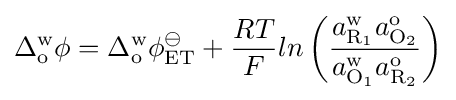
\Delta _{\text{o}}^{\text{w}}\phi =\Delta _{\text{o}}^{\text{w}}\phi _{\text{ET}}^{\ominus }+{\frac {RT}{F}}ln\left({\frac {a_{{\text{R}}_{1}}^{\text{w}}a_{{\text{O}}_{2}}^{\text{o}}}{a_{{\text{O}}_{1}}^{\text{w}}a_{{\text{R}}_{2}}^{\text{o}}}}\right)